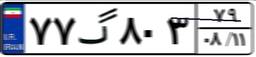
۹۲گ۶۱۷۷۲